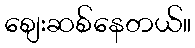
စျေးဆစ်နေတယ်။